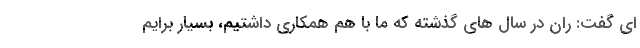
ای گفت: ران در سال های گذشته که ما با هم همکاری داشتیم، بسیار برایم